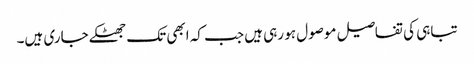
تباہی کی تفاصیل موصول ہو رہی ہیں جب کہ ابھی تک جھٹکے جاری ہیں۔